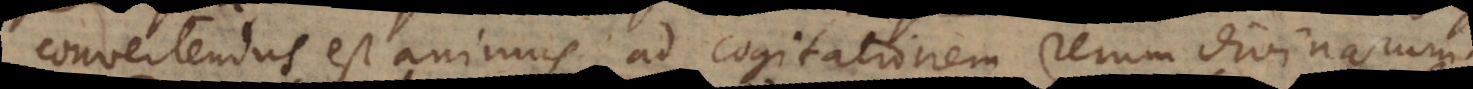
convertendus est animus ad cogitationem rerum divinarum.